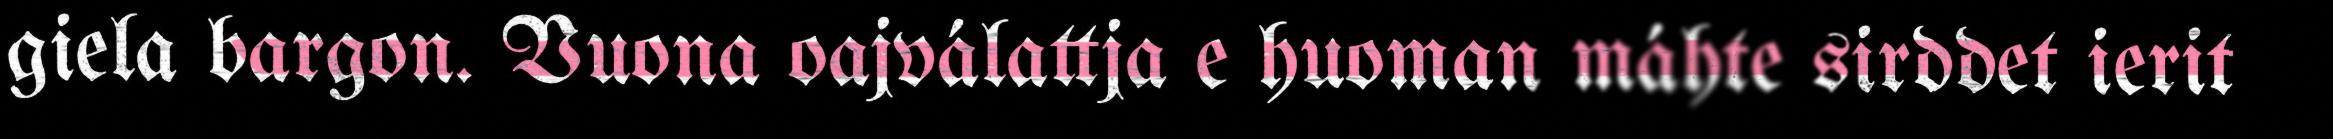
giela bargon. Vuona oajválattja e huoman máhte sirddet ierit